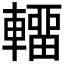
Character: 𰹤